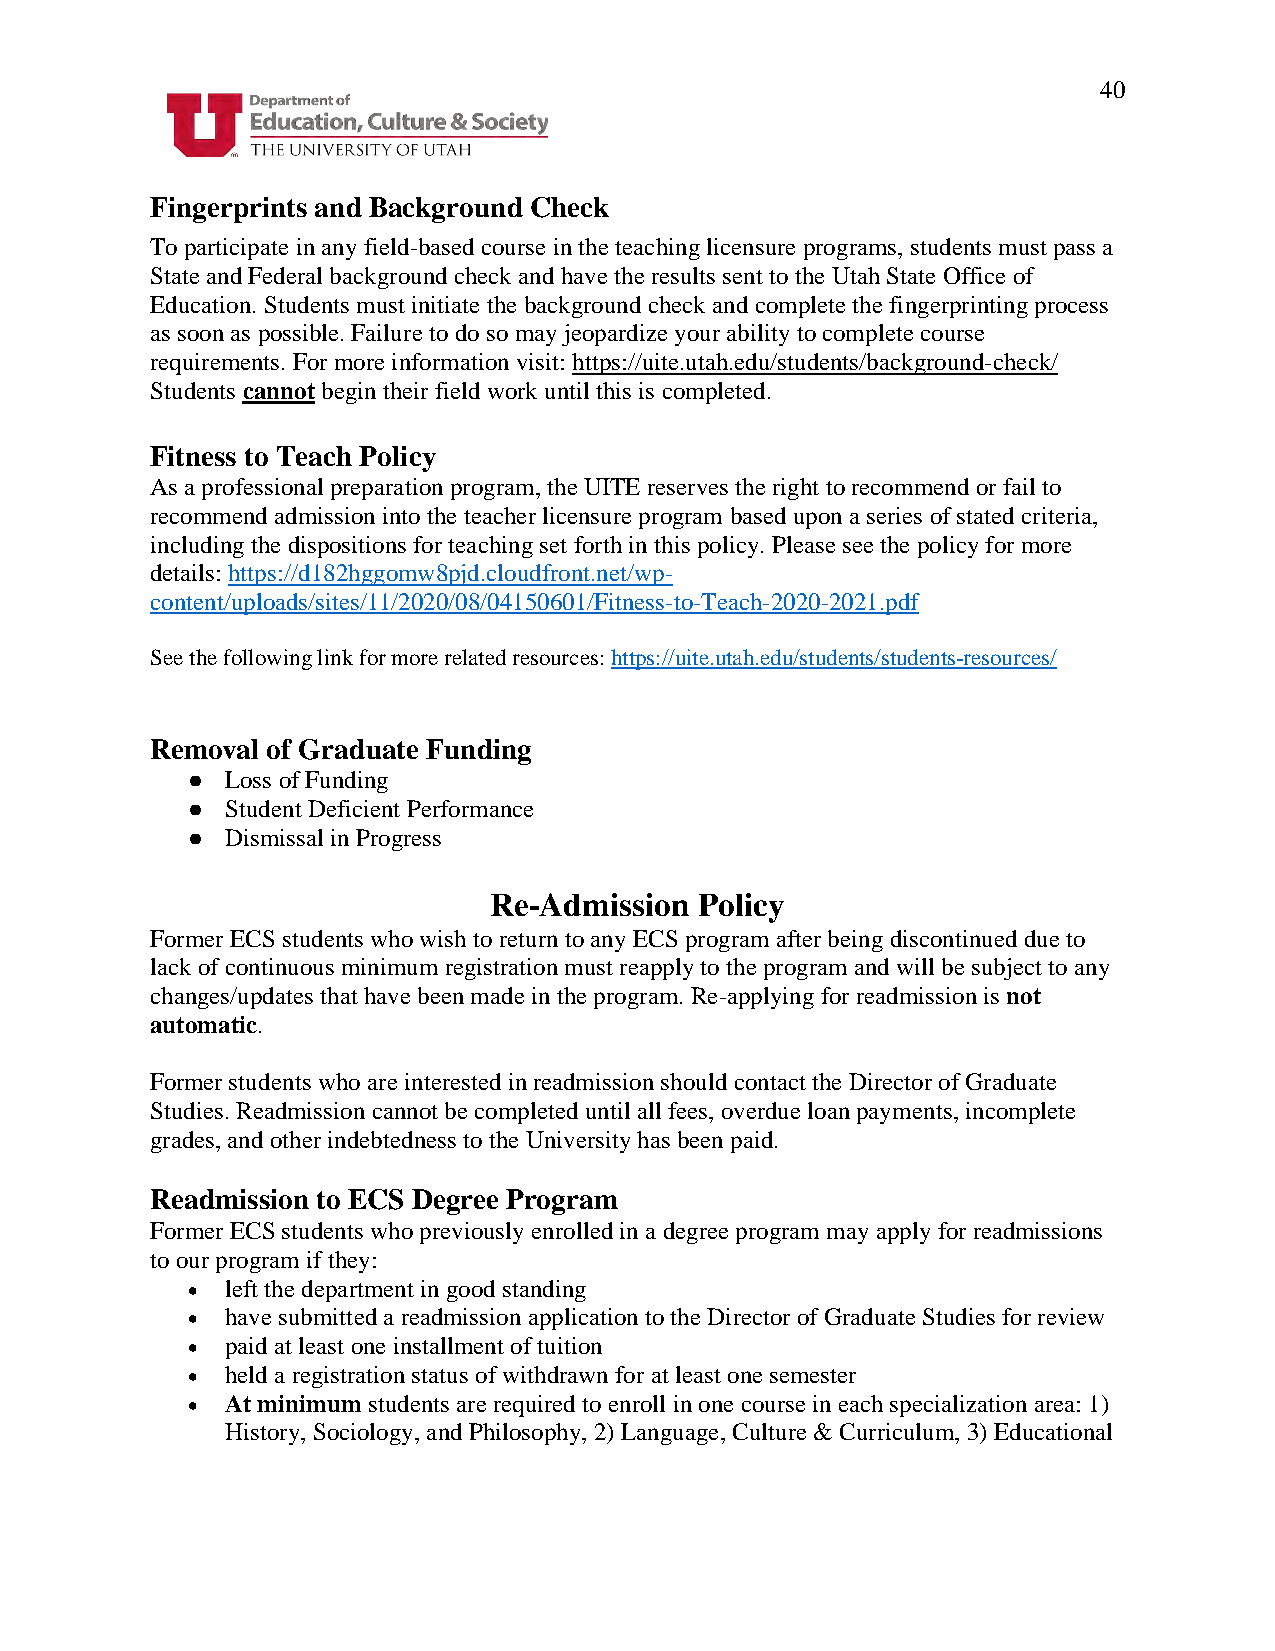
40
 Fingerprints and Background Check
 To participate in any field-based course in the teaching licensure programs, students must pass a
 State and Federal background check and have the results sent to the Utah State Office of
 Education. Students must initiate the background check and complete the fingerprinting process
 as soon as possible. Failure to do so may jeopardize your ability to complete course
 requirements. For more information visit: https://uite.utah.edu/students/background-check/
 Students cannot begin their field work until this is completed.
 Fitness to Teach Policy
 As a professional preparation program, the UITE reserves the right to recommend or fail to
 recommend admission into the teacher licensure program based upon a series of stated criteria,
 including the dispositions for teaching set forth in this policy. Please see the policy for more
 details: https://d182hggomw8pjd.cloudfront.net/wp-
 content/uploads/sites/11/2020/08/04150601/Fitness-to-Teach-2020-2021.pdf
 See the following link for more related resources: https://uite.utah.edu/students/students-resources/
 Removal of Graduate Funding
 ●  Loss of Funding
 ●  Student Deficient Performance
 ●  Dismissal in Progress
 Re-Admission  Policy
 Former ECS students who wish to return to any ECS program after being discontinued due to
 lack of continuous minimum registration must reapply to the program and will be subject to any
 changes/updates that have been made in the program. Re-applying for readmission is not
 automatic.
 Former students who are interested in readmission should contact the Director of Graduate
 Studies. Readmission cannot be completed until all fees, overdue loan payments, incomplete
 grades, and other indebtedness to the University has been paid.
 Readmission to ECS Degree Program
 Former ECS students who previously enrolled in a degree program may apply for readmissions
 to our program if they:
 •  left the department in good standing
 •  have submitted a readmission application to the Director of Graduate Studies for review
 •  paid at least one installment of tuition
 •  held a registration status of withdrawn for at least one semester
 •  At minimum students are required to enroll in one course in each specialization area: 1)
 History, Sociology, and Philosophy, 2) Language, Culture & Curriculum, 3) Educational